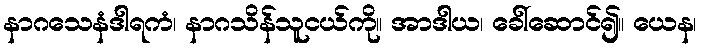
နာဂသေနံဒါရကံ၊ နာဂသိန်သူငယ်ကို။ အာဒါယ၊ ခေါ်ဆောင်၍။ ယေန၊